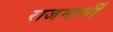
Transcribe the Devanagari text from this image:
राजमार्गीं